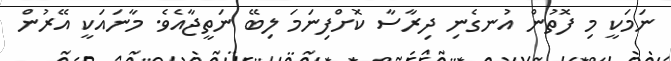
ނަމަކީ މި ފޮތުން އުނގެނި ދިރާސާ ކޮށްފިނަމަ ލިބޭ ނަތީޖާއެވެ. މާނައަކީ އޭރުން